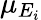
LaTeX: \mu_{E_{i}}